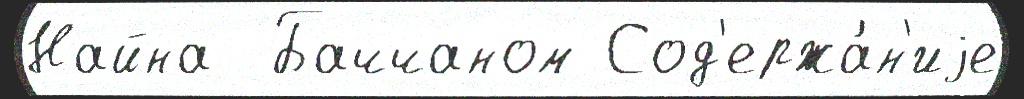
Найна  Баччаном Сод'ержа́н'иjе